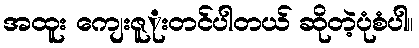
အထူး ကျေးဇူုးတင်ပါတယ် ဆိုတဲ့ပုံစံပါ။